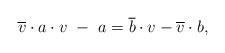
LaTeX: \begin{align*}&\overline{v}\cdot a\cdot v~-~ a=\overline{b}\cdot v-\overline{v}\cdot b,\end{align*}